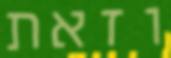
וזאת